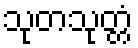
သုတသုတ္တံ